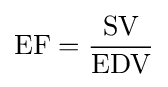
{\text{EF}}={\frac {\text{SV}}{\text{EDV}}}